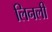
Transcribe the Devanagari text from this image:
लिनली